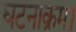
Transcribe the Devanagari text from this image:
घटनाक्रम।